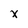
Character: X